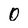
Character: 0